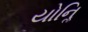
યોનિૢ